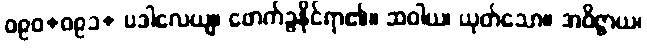
ဝ၉၀+ဝ၉၁+ ပဒါလေယျ၊ ဖောက်ခွနိုင်ရာ၏။ ဆဝါယ၊ ယုတ်သော။ အဝိဇ္ဇာယ၊